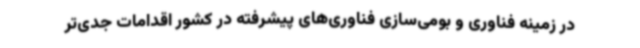
در زمینه فناوری و بومی‌سازی فناوری‌های پیشرفته در کشور اقدامات جدی‌تر